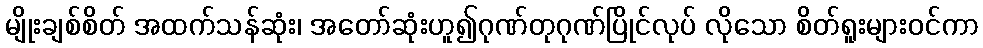
မျိုးချစ်စိတ် အထက်သန်ဆုံး၊ အတော်ဆုံးဟူ၍ဂုဏ်တုဂုဏ်ပြိုင်လုပ် လိုသော စိတ်ရူးများဝင်ကာ